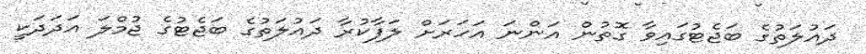
ދައުލަތުގެ ބަޖެޓުގައިވާ ގޮތުން އަންނަ އަހަރަށް ލަފާކުރާ ދައުލަތުގެ ބަޖެޓުގެ ޖުމްލަ އަދަދަކީ